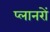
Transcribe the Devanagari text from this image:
प्लानरों